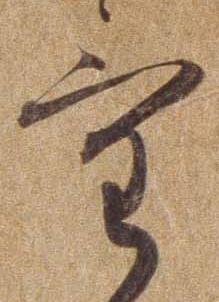
け